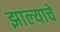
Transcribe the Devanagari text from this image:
झाल्‍याचे